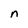
Character: n